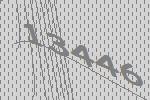
13446